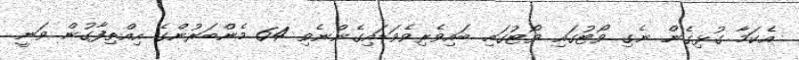
އެކަމާ ގުޅިގެން ނެގި ވޯޓުގައި ވޯޓުގައި ބައިވެރިވެވަޑައިގެންނެވި 64 މެންބަރުންގެ އިއްތިފާގުން ވަނީ